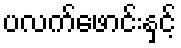
ပလက်ဖောင်းနှင့်